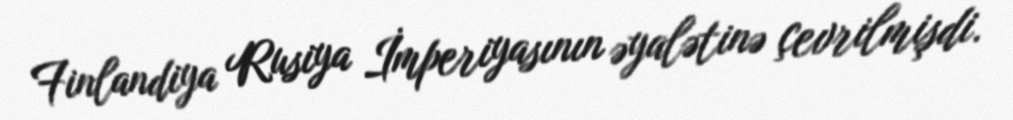
Finlandiya Rusiya İmperiyasının əyalətinə çevrilmişdi.